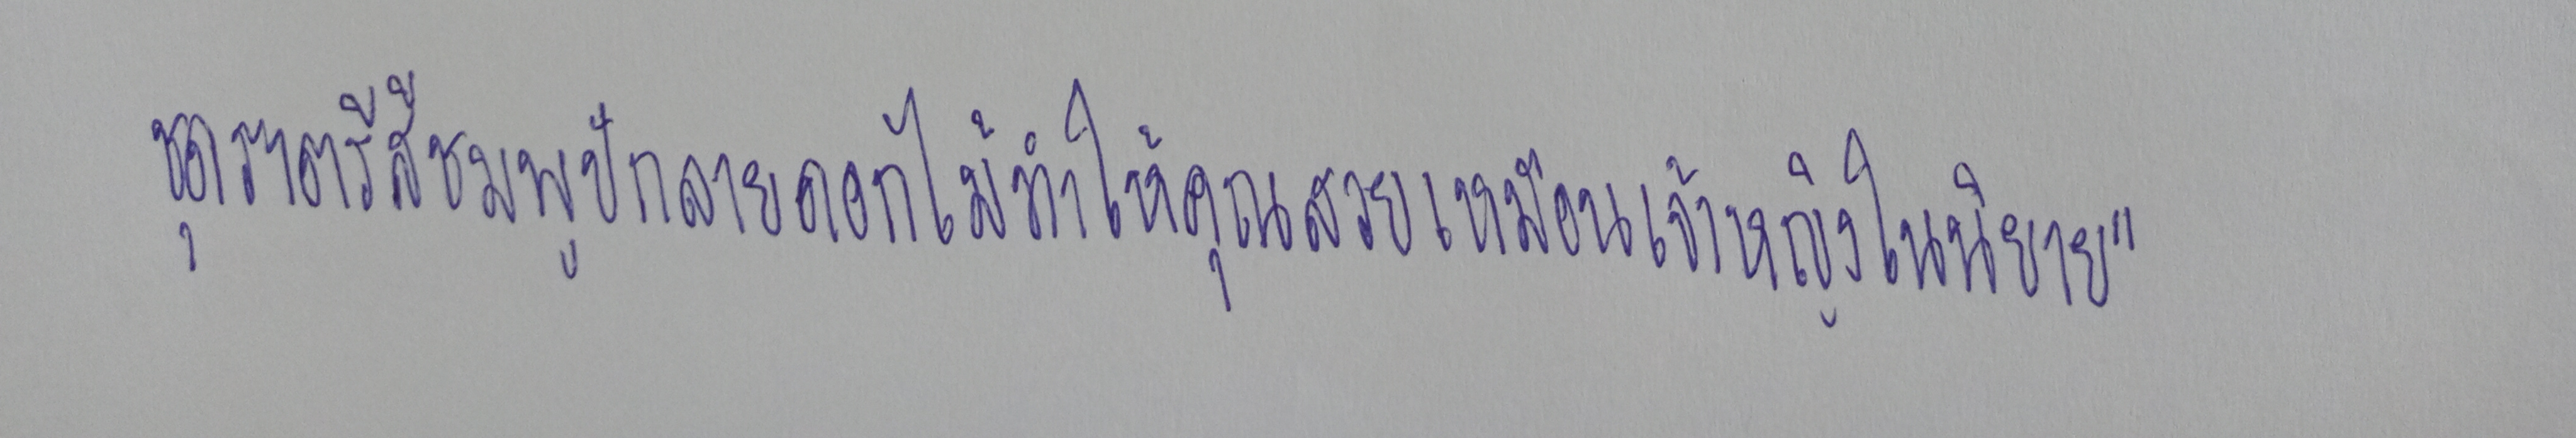
ชุดราตรีสีชมพูปักลายดอกไม้ทำให้คุณสวยเหมือนเจ้าหญิงในนิยาย"